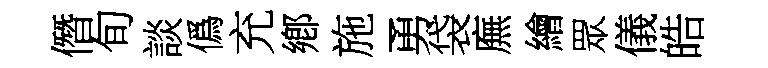
僭旬談僞充鄕施勇袋廡繪眾儀皓